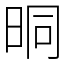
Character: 晍